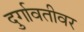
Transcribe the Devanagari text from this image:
दुर्गावतीवर